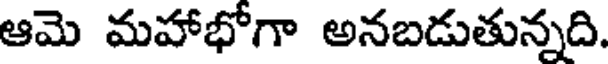
ఆమె మహాభోగా అనబడుతున్నది.